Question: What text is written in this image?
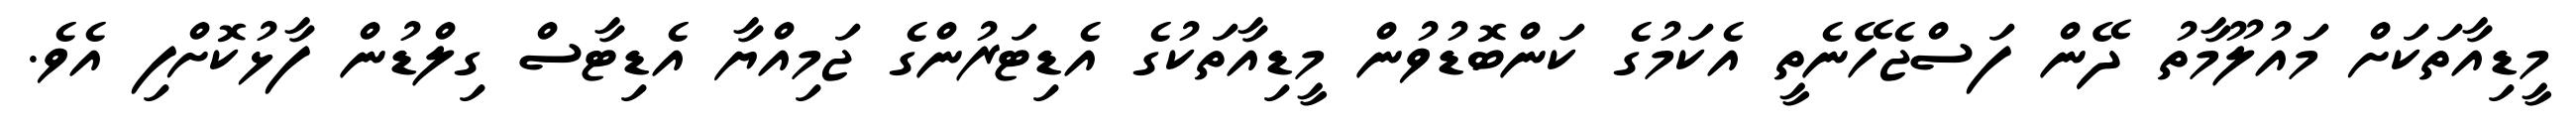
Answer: މީޑިއާތަކަށް މައުލޫމާތު ދޭން ފަސްޖެހޭނެތީ އެކަމުގެ ކަންބޮޑުވުން މީޑިއާތަކުގެ އެޑިޓަރުންގެ ޖަމިއްޔާ އެޑިޓާސް ގިލްޑުން ފާޅުކޮށްފި އެވެ.